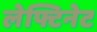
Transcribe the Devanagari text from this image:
लेफ्टिनेट